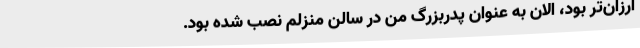
ارزان‌تر بود‌، الان به عنوان پدربزرگ من در سالن منزلم نصب شده بود.